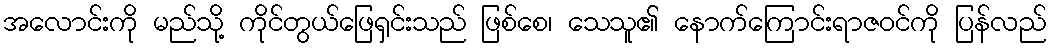
အလောင်းကို မည်သို့ ကိုင်တွယ်ဖြေရှင်းသည် ဖြစ်စေ၊ သေသူ၏ နောက်ကြောင်းရာဇဝင်ကို ပြန်လည်